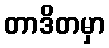
တာဒိတမှာ